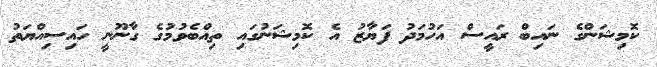
ކޮމިޝަންގެ ނައިބް ރައީސް އަހުމަދު ފަޔާޒު އެ ކޮމިޝަނުގައި ތިއްބެވުމުގެ ގާނޫނީ ހައިސިއްޔަތު